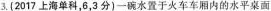
3.{2017上海单科，6，3分)一碗水置于火车车厢内的水平桌面